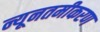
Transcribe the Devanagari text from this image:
न्यूनतमीकरण